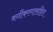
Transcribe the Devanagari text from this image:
वर्गीकरणासहित